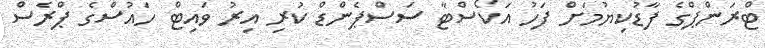
ޓްރަންޕްގެ ފާޑުކިޔުމަށް ފަހު އަކޯސްޓާ ސަސްޕެންޑް ކުރި އިރު ވައިޓް ހައުސްގެ ޕްރެސް